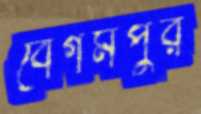
বেগমপুর